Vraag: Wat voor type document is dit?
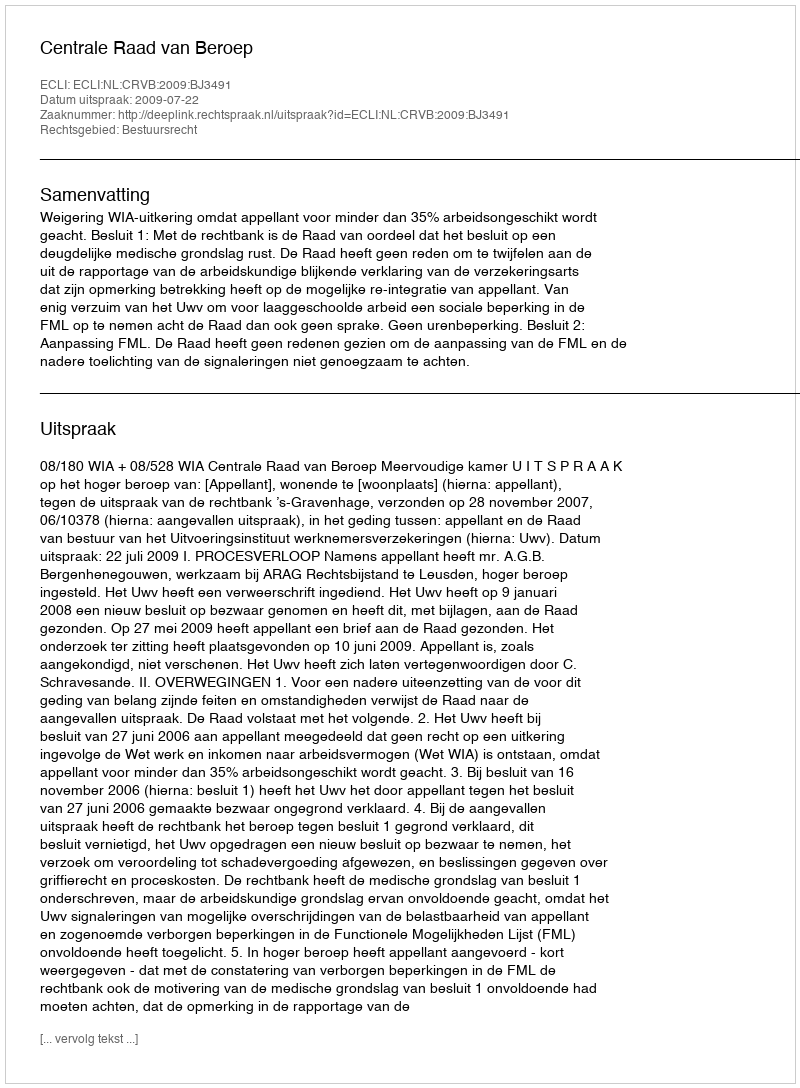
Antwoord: Uitspraak